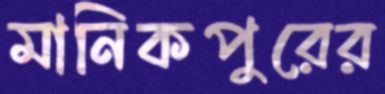
মানিকপুরের